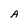
Character: A